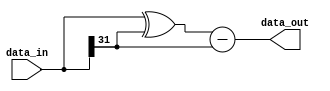
// This program was cloned from: https://github.com/PulseRain/Reindeer
// License: Apache License 2.0

/*
###############################################################################
# Copyright (c) 2018, PulseRain Technology LLC 
#
# Licensed under the Apache License, Version 2.0 (the "License");
# you may not use this file except in compliance with the License.
# You may obtain a copy of the License at
#
#     http://www.apache.org/licenses/LICENSE-2.0
#
# Unless required by applicable law or agreed to in writing, software
# distributed under the License is distributed on an "AS IS" BASIS,
# WITHOUT WARRANTIES OR CONDITIONS OF ANY KIND, either express or implied.
# See the License for the specific language governing permissions and
# limitations under the License.
#
###############################################################################
*/


`default_nettype none

module absolute_value #(parameter DATA_WIDTH=32)(
      
//========== INPUT ==========

        input  wire signed [DATA_WIDTH - 1 : 0]  data_in,
            
        
//========== OUTPUT ==========
        output wire  signed [DATA_WIDTH - 1 : 0] data_out
        
//========== IN/OUT ==========
);
    wire signed [DATA_WIDTH - 1 : 0]    data_sign_ext, data_tmp;
    wire signed [DATA_WIDTH - 1 : 0]    abs_value;
    
    assign data_sign_ext = {(DATA_WIDTH){data_in[DATA_WIDTH - 1]}};
    assign data_tmp      = data_in ^ data_sign_ext;
    assign abs_value     = data_tmp - data_sign_ext;
    
    assign data_out = abs_value;
    
endmodule

`default_nettype wire